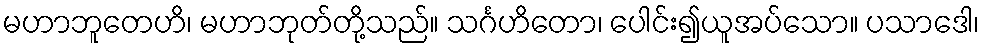
မဟာဘူတေဟိ၊ မဟာဘုတ်တို့သည်။ သင်္ဂဟိတော၊ ပေါင်း၍ယူအပ်သော။ ပသာဒေါ၊